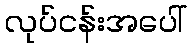
လုပ်ငန်းအပေါ်